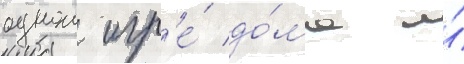
однои игр'е́ до́ма и́